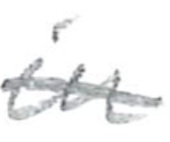
Text: in
Cross-out: single-line
Writing tool: pencil